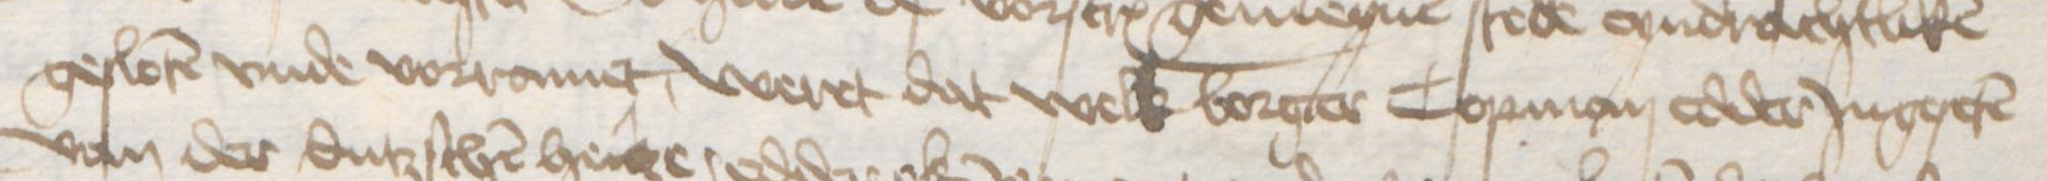
gesloten vnde vorramet, weret dat welk borger Copman edder Jngeseten